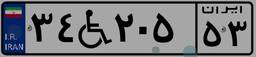
۳۲W۹۸۳۲۳